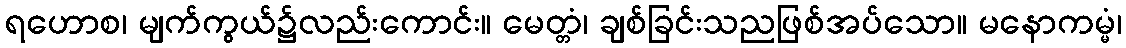
ရဟောစ၊ မျက်ကွယ်၌လည်းကောင်း။ မေတ္တံ၊ ချစ်ခြင်းသညဖြစ်အပ်သော။ မနောကမ္မံ၊